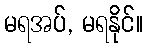
မရအပ်, မရနိုင်။